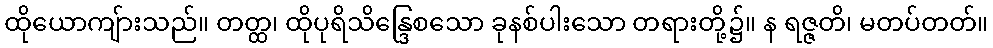
ထိုယောကျ်ားသည်။ တတ္ထ၊ ထိုပုရိသိန္ဒြေစသော ခုနစ်ပါးသော တရားတို့၌။ န ရဇ္ဇတိ၊ မတပ်တတ်။